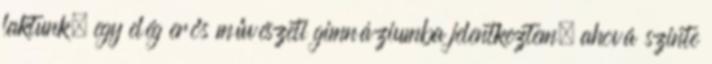
laktunk, egy elég erős művészeti gimnáziumba jelentkeztem, ahová szinte